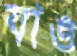
যাঙ